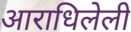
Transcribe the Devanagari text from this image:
आराधिलेली